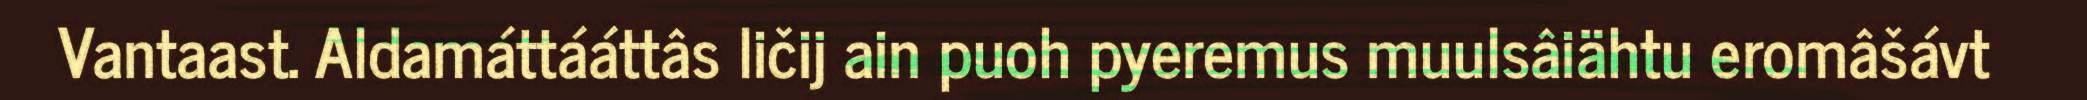
Vantaast. Aldamáttááttâs ličij ain puoh pyeremus muulsâiähtu eromâšávt